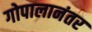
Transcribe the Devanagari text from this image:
गोपालानंतर